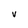
Character: V